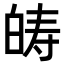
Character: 𤽯